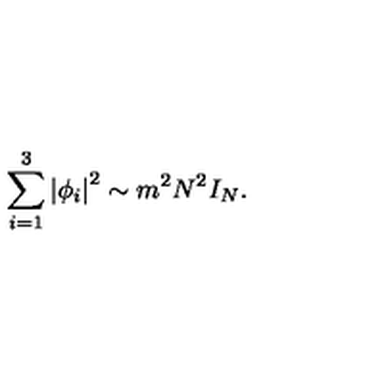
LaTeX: \sum _ { i = 1 } ^ { 3 } \left| \phi _ { i } \right| ^ { 2 } \sim m ^ { 2 } N ^ { 2 } I _ { N } .